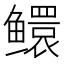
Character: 𬶵